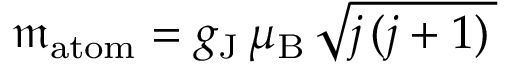
{ \mathfrak { m } } _ { \mathrm { a t o m } } = g _ { \mathrm { { J } } } \, \mu _ { \mathrm { { B } } } \, { \sqrt { j \, ( j + 1 ) \, } }